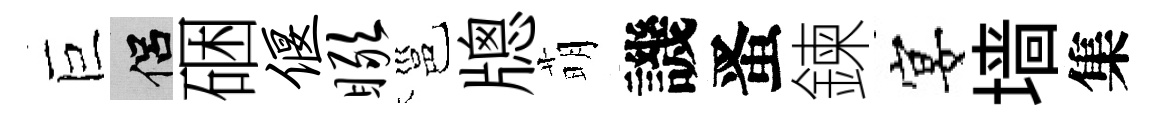
巨侣硱偃瞰邕牕萌譏󱉠鍊宴墙集